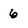
Character: 6